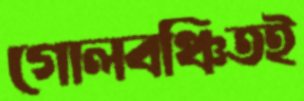
গোলবঞ্চিতই